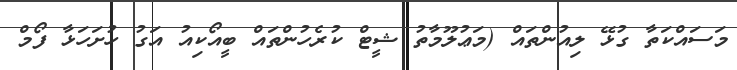
މަސައްކަތާ ގުޅޭ ލިއުންތައް (މަޢުލޫމާތު ޝީޓް ކުރެހުންތައް ބީއޯކިއު އަގު ހުށަހަޅާ ފޯމް